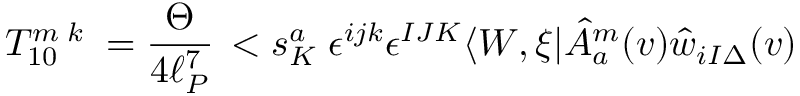
T _ { 1 0 } ^ { m \; k } \; = \frac { \Theta } { 4 \ell _ { P } ^ { 7 } } \, < s _ { K } ^ { a } \; \epsilon ^ { i j k } \epsilon ^ { I J K } \langle W , \xi | \hat { A } _ { a } ^ { m } ( v ) \hat { w } _ { i I \Delta } ( v )